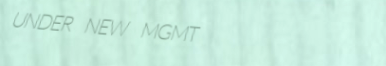
UNDER NEW MGMT